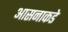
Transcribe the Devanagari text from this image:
आसनाकडे